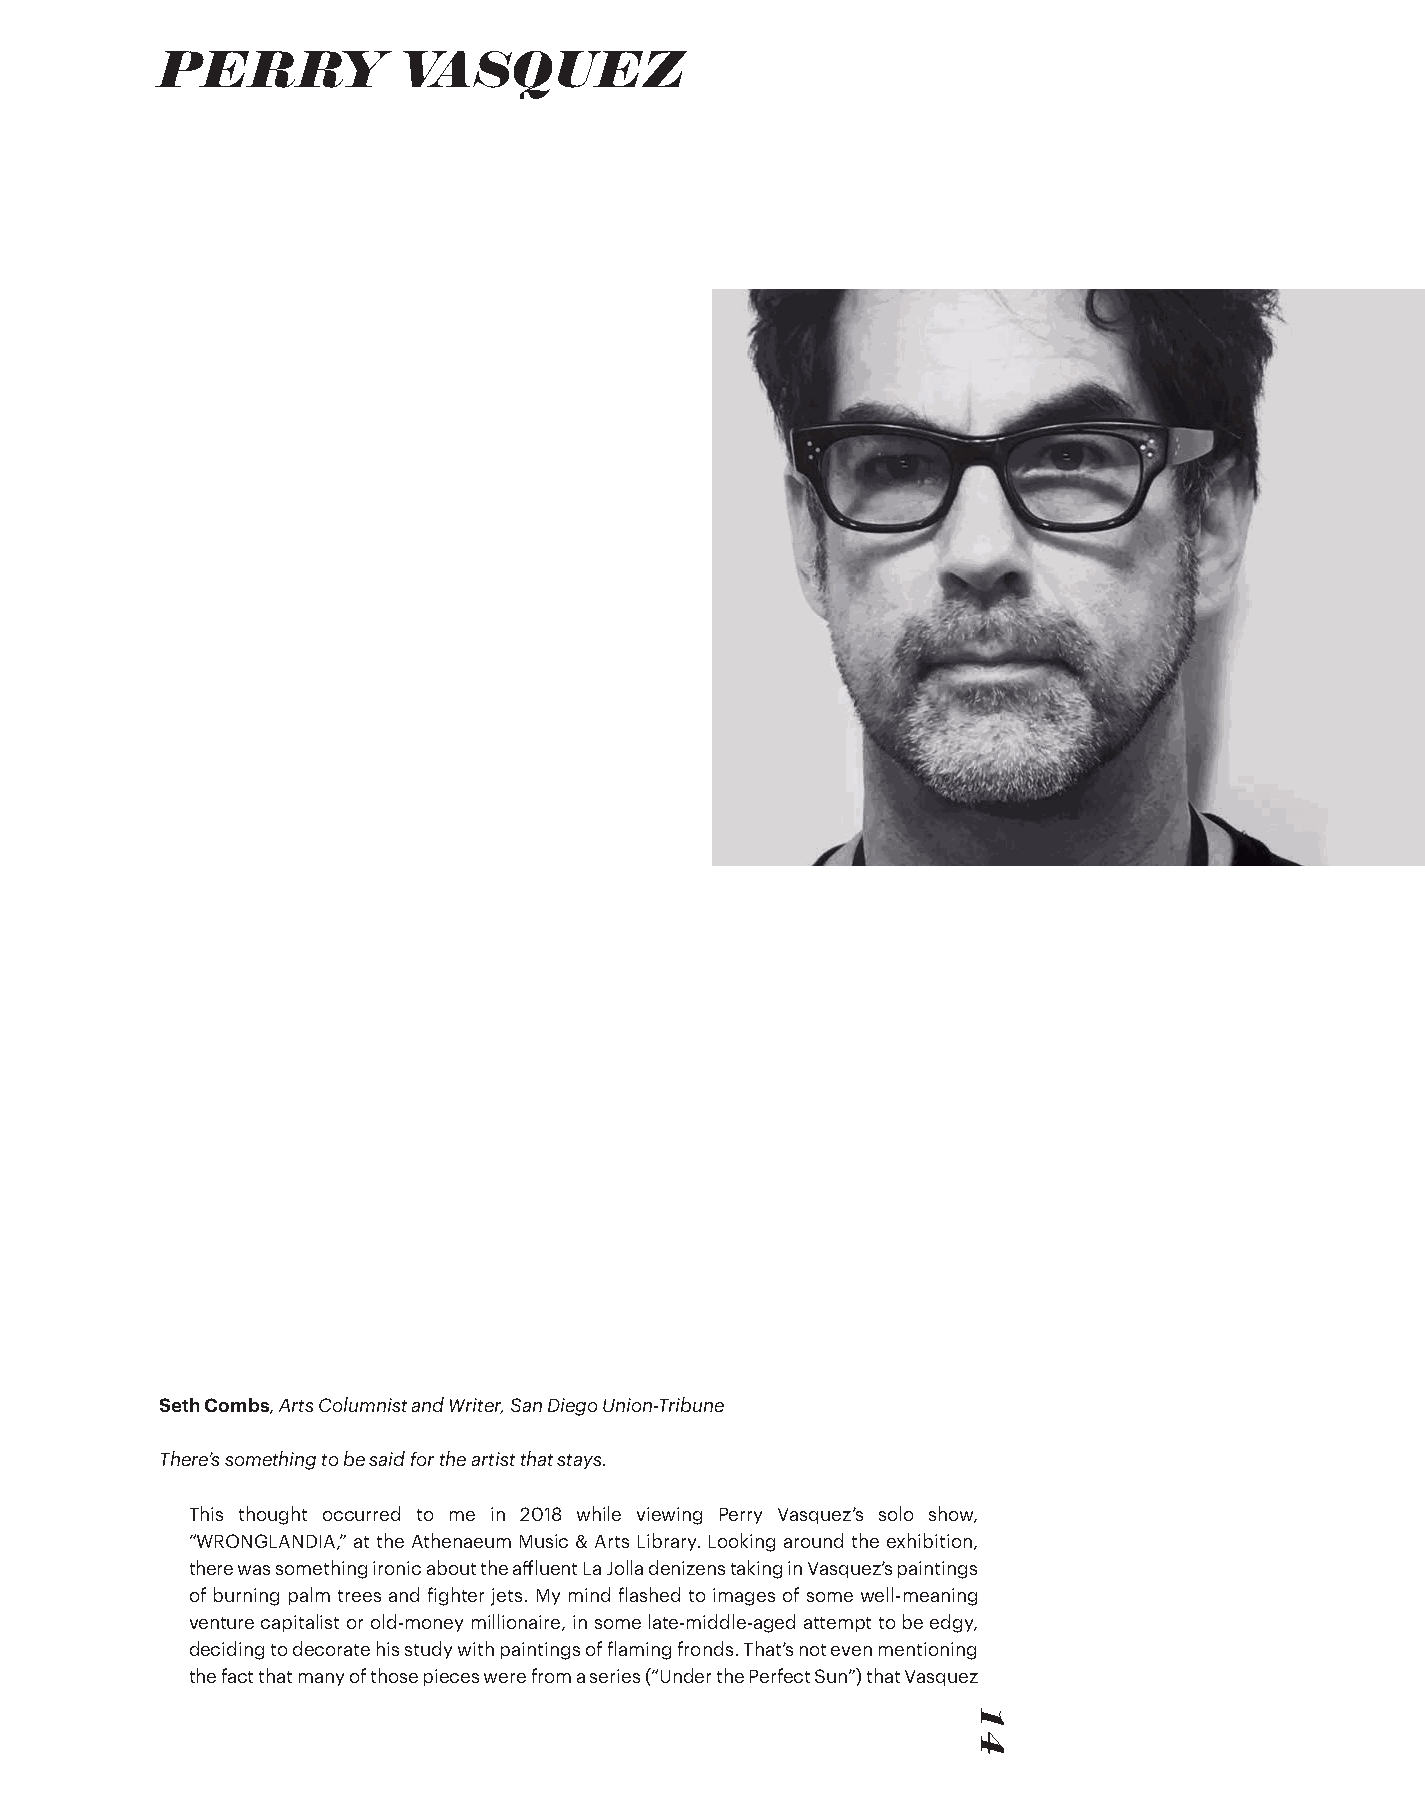
PERRY           VASQUEZ
 Seth Combs, Arts Columnist and Writer, San Diego Union-Tribune
 There’s something to be said for the artist that stays.
 This thought occurred to me in 2018 while viewing Perry Vasquez’s solo show,
 “WRONGLANDIA,” at the Athenaeum Music & Arts Library. Looking around the exhibition,
 there was something ironic about the affluent La Jolla denizens taking in Vasquez’s paintings
 of burning palm trees and fighter jets. My mind flashed to images of some well-meaning
 venture capitalist or old-money millionaire, in some late-middle-aged attempt to be edgy,
 deciding to decorate his study with paintings of flaming fronds. That’s not even mentioning
 the fact that many of those pieces were from a series (“Under the Perfect Sun”) that Vasquez
 14